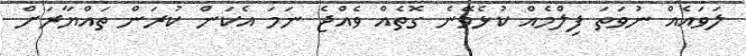
ލަވައެއް ނުވަތަ ފިލްމެއް ކުޅެވޭނެ ގޮތެއް ވެއްޖެ ނަމަ އެކަން ކުރަން ތައްޔާރަށް